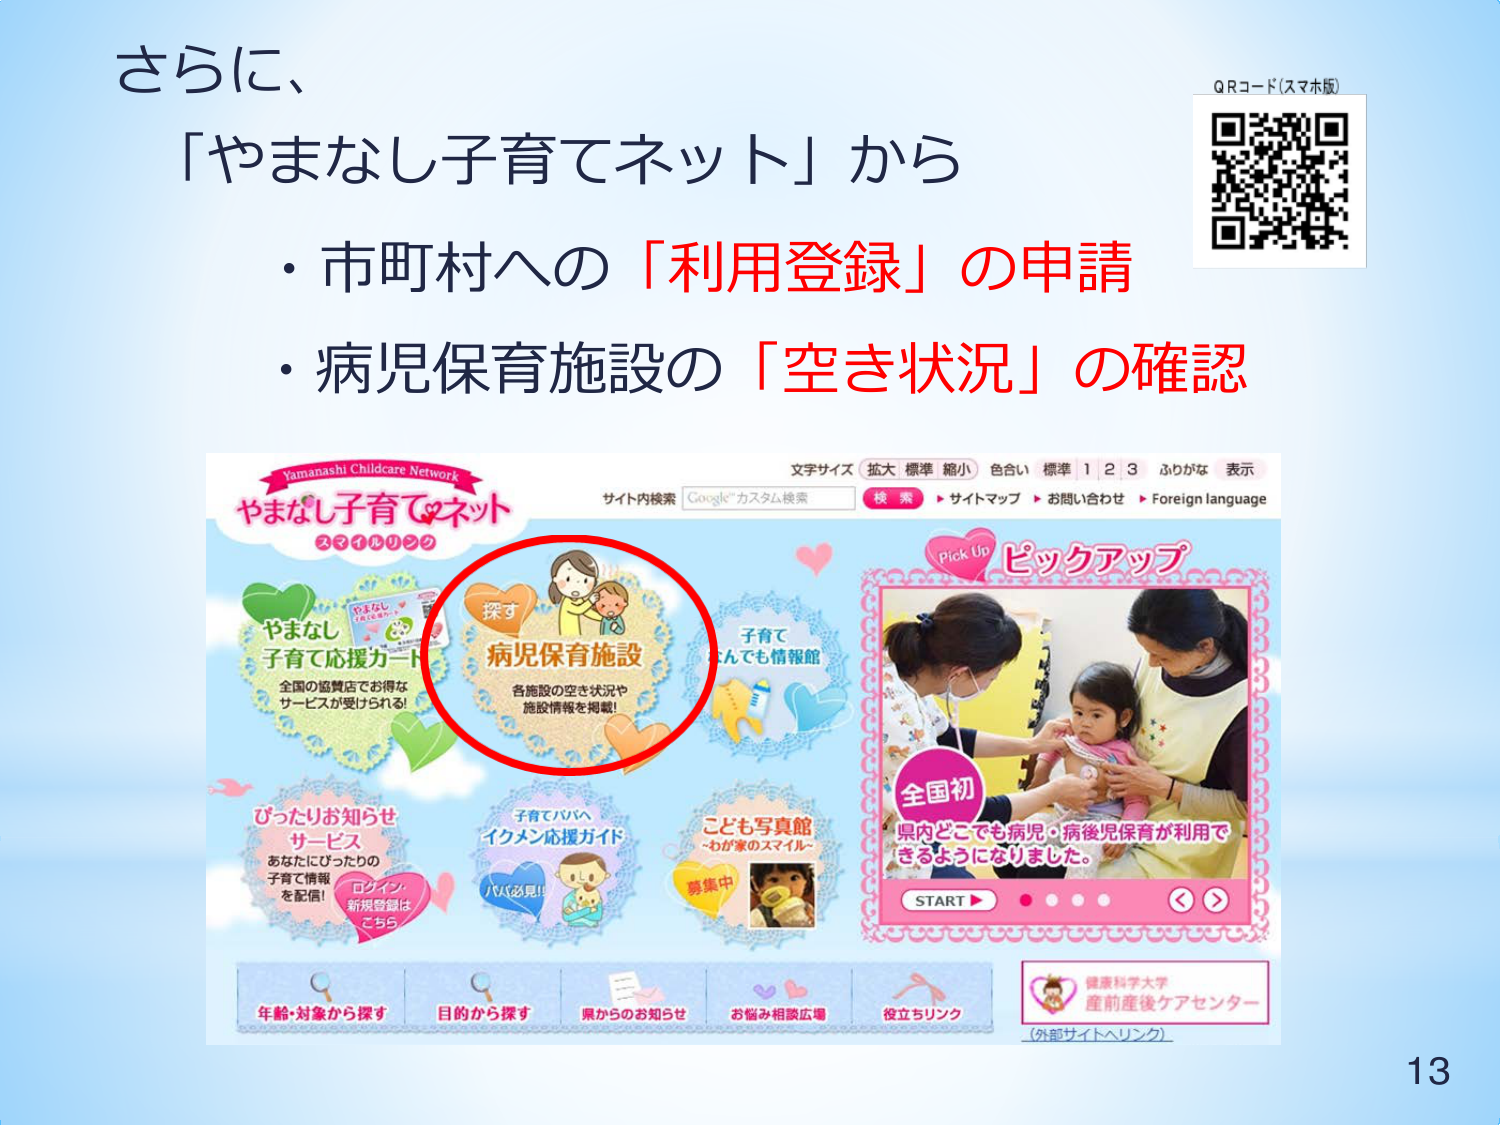
さらに、
「やまなし子育てネット」から
・市町村への「利用登録」の申請
・病児保育施設の「空き状況」の確認

QRコード（スマホ版）

Yamanashi Childcare Network
やまなし子育てネット
スマイルリンク

文字サイズ 拡大 標準 縮小 色合い 標準 1 2 3 ふりがな 表示
サイト内検索 Google™カスタム検索 検索 ▶ サイトマップ ▶ お問い合わせ ▶ Foreign language

やまなし
子育て応援カード
全国の協賛店でお得な
サービスが受けられる！

探す
病児保育施設
各施設の空き状況や
施設情報を掲載！

子育て
なんでも情報館

ピックアップ
Pick Up

全国初
県内どこでも病児・病後児保育が利用で
きようになりました。
START ▶ ◀ ▶

ぴったりお知らせ
サービス
あなたにぴったりの
子育て情報を配信！
ログイン・
新規登録は
こちら

子育てパパへ
イクメン応援ガイド
パパ必見！

こども写真館
〜わが家のスマイル〜
募集中

年齢・対象から探す
目的から探す
県からのお知らせ
お悩み相談広場
役立ちリンク

健康科学大学
産前産後ケアセンター
（外部サイトへリンク）

13